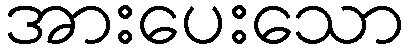
အားပေးသော